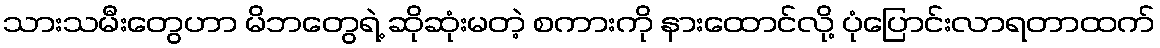
သားသမီးတွေဟာ မိဘတွေရဲ့ ဆိုဆုံးမတဲ့ စကားကို နားထောင်လို့ ပုံပြောင်းလာရတာထက်